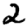
Digit: 2